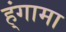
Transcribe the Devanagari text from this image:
ह्ंगामा